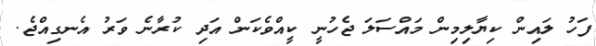
ފަހު ލައިން ކިޔާލިމިން މައްސަލަ ޖެހުނީ ކީއްވެކަން އަދި ކުރާނެ ވަރު އެނގިއްޖެ.